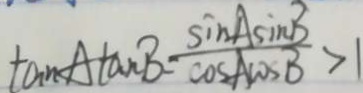
\tan A \tan B = \frac { \sin A \sin B } { \cos A \cos B } > 1